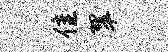
隹翠